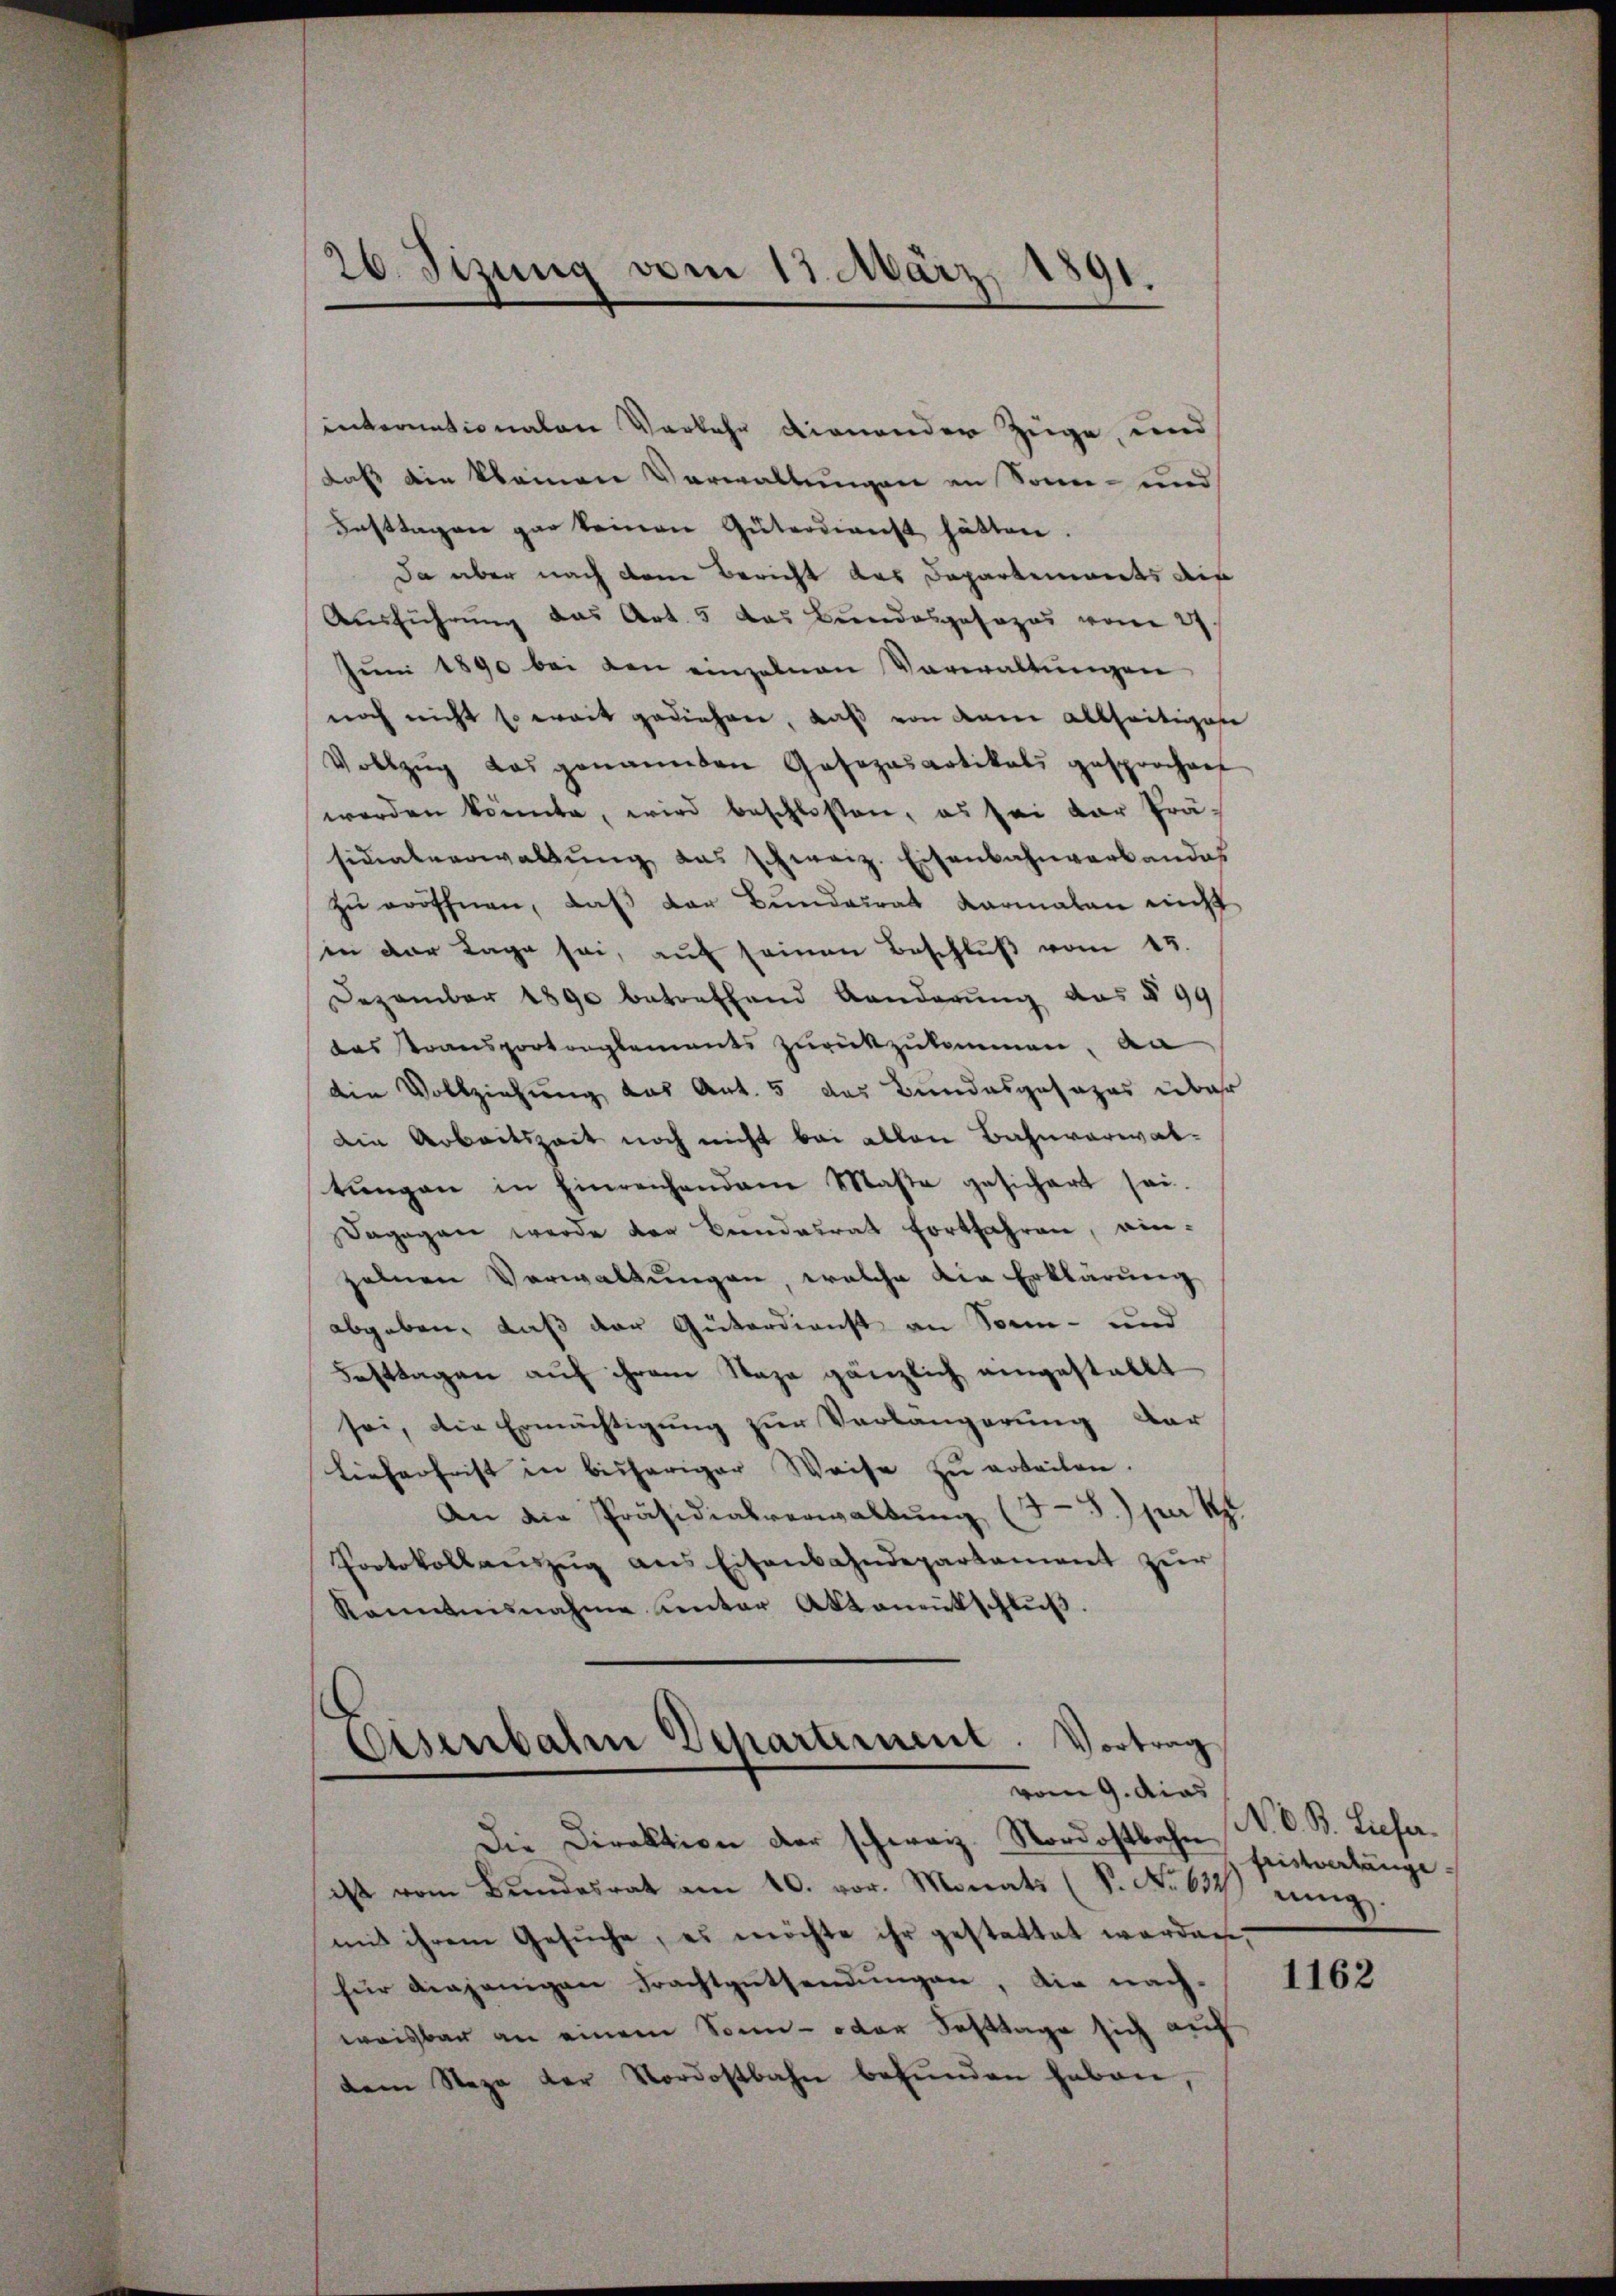
26. Sizung vom 13. März 1891.

internationalen Vorkehr dienender Zuge, und
daß die kleinen Verwaltungen an Sonn- und
Fasttagen gar keinen Güterdienst hätten.
da aber nach dem Bericht das Departements die
Ausführung das Art. 5 das Bundesgesezes vom 27.
Juni 1890 bei den einzelnen Vorwaltungen
noch nicht so weit gediehen, daß von dem allseitigen
Vollzŭg das genannten Gasozasartikals gesprochen
werden könnte, wird beschloßen, es sei dar Prä-
sidialverwaltŭng das schweiz. Eisenbahnverbandes
zu eröffnen, daß der Bundesrat Karmalen nicht
in der Lage sei, auf seinen Beschluß vom 15.
Dezember 1890 betreffend Landerung aus § 99
das Stransportenglements zurückzukommen. An
die Vollziehung das Art. 5 das Bundesgesezes über
Die Arbeitszeit noch nicht bei allen Bahnverwaltungen in Einreichenden Maße gesichert sei.
Dagegen werde der Bundesrat fortfahren, einzelnen Verwaltungen, welche die Erklärung
abgeben, daß der Güterdienst an Sonn- und
Festtagen auf ihrem Naza gänzlich eingestallt
sei, die Ermächtigung zur Verlängerung dar
Lieferfrist in bisheriger Weise zu erteilen.
8.) Den S.
An die Präsidialverwaltung (
8
Protokollaŭszŭg ans Eisenbahndepartament zur
Kenntnisnahme unter Aktamentschlŭβ.

Eisenbahr Departement. Vortrag
vom 9. dies

Die Direktion der schweiz. Nordostbahn
ist vom Bŭndesrat am 10. vor. Monats (S. Nr. 634) einig.
mit ihrem Gesŭche, es möchte ihr gestattet werden.
für diejenigen Frachtgutsendŭngen, die nach-
weisbar an einem Sonn- oder Fasttage sich auf
dem Stege der Nordostbahn befŭnden haben,

N. O. B. Liefer.
fristverlänge

1162